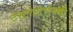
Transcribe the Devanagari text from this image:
टेस्टोस्टेरोनकी